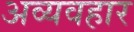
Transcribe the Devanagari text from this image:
अव्यवहार